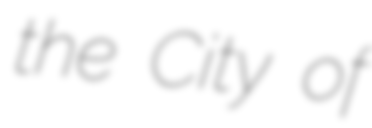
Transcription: the City of